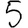
Digit: 5